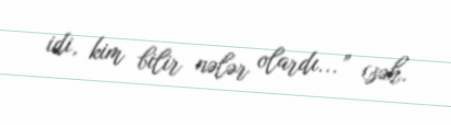
idi, kim bilir nələr olardı...” (səh.